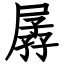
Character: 孱